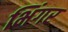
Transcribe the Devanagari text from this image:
भिंगर